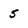
Character: 5